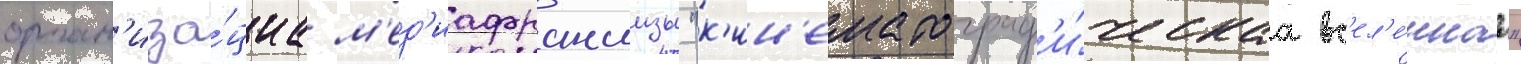
орган'иза́циа м'ед'иафраншизы "к'ин'ематограф'и́ческаа вс'ел'е́ннаа"